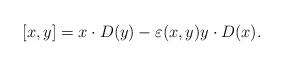
LaTeX: \begin{align*} [x,y]=x\cdot D(y)-\varepsilon(x,y)y\cdot D(x).\end{align*}